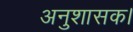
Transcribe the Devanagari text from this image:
अनुशासक।